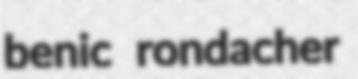
benic rondacher